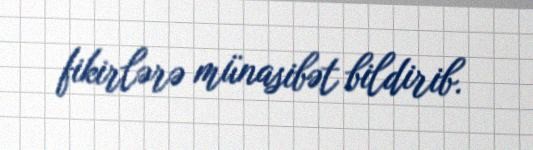
fikirlərə münasibət bildirib.